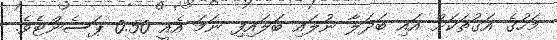
މަހުގެ އަގުތަކަށް އައި ބަދަލާ ނުލައި ބަލައިފި ނަމަ އެއީ 0.50 ޕަސެންޓެވެ.